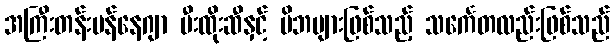
အကြီးတန်းမန်နေဂျာ မီးထိုးဆီနှင့် မိဘများဖြစ်သည့် သင်္ကေတလည်းဖြစ်သည်